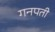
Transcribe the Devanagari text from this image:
गनपती